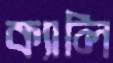
ক্যালি